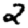
Digit: 2